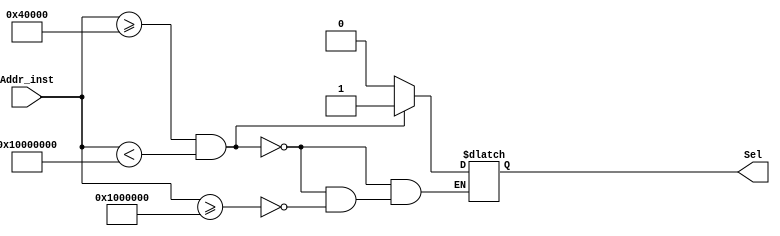
module Instruction_Select #(
	parameter MEMORY_DEPTH = 32
)
(
input [(MEMORY_DEPTH-1):0] Addr_inst,
output reg Sel
);

always @ (Addr_inst) begin 
	if (Addr_inst >= 32'h40_000 && Addr_inst < 32'h1000_0000) 
		Sel = 1;
	
	else if (Addr_inst>= 32'h1000_000)
		Sel = 0;

end 

endmodule